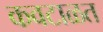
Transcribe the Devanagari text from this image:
कवटाळत